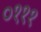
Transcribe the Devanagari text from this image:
०१११